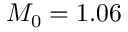
M _ { 0 } = 1 . 0 6